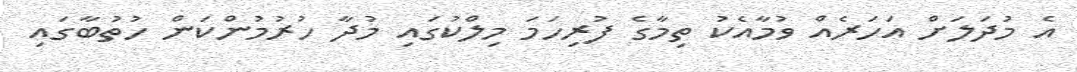
އެ މުދަލަށް އަހަރެއް ވުމާއެކު ތިމާގެ ފުރިހަމަ މިލްކުގައި މުދާ ހުރުމުންކަން ހުތުބާގައި